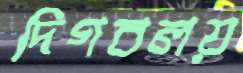
দিগবলয়